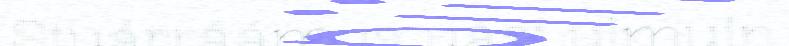
Stuárráámus uási ulmuin